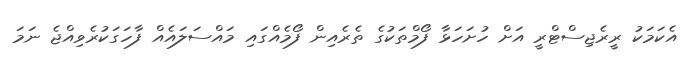
އެކަމަކު ރީރެޖިސްޓްރީ އަށް ހުށަހަޅާ ފޯމްތަކުގެ ތެރެއިން ފޯމެއްގައި މައްސަލައެއް ފާހަގަކުރެވިއްޖެ ނަމަ